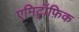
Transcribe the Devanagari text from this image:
एमिट्रॉफ़िक